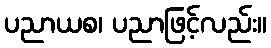
ပညာယစ၊ ပညာဖြင့်လည်း။